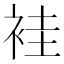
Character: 袿